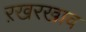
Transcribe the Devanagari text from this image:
ऱखरखाव